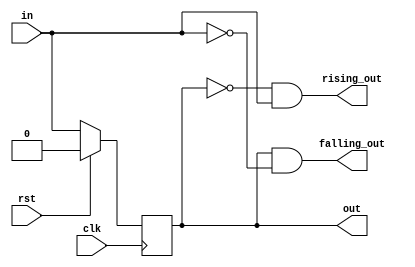
module day3 (
    input clk, rst, in,
    output rising_out, falling_out, out
);
    
    reg out;

    always @(posedge clk) begin
        if (rst) begin
            out <= 0;
        end
        else begin
            out <= in;
        end
    end

    // Rising edge when delayed signal is 0 but current is 1
    assign rising_out = ~out & in;
    /*
    in out ~out &
    0   0   1   0
    0   1   0   0
    1   0   1   1
    1   1   0   0
    */

    // Falling edge when delayed signal is 1 but current is 0
    assign falling_out = out & ~in;
    /*
    in out ~in  &
    0   0   1   0
    0   1   1   1
    1   0   0   0
    1   1   0   0
    */

endmodule